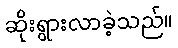
ဆိုးရွားလာခဲ့သည်။